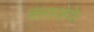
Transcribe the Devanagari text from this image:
चलारहेये।